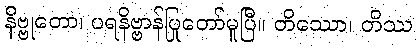
နိဗ္ဗုတော၊ ပရနိဗ္ဗာန်ပြုတော်မူပြီ။ တိဿော၊ တိဿ